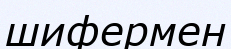
шифермен